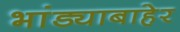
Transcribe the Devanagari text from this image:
भांड्याबाहेर